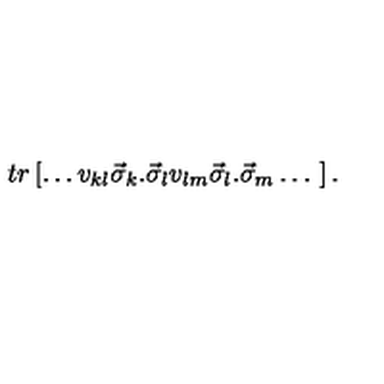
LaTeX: t r \left[ \ldots v _ { k l } \vec { \sigma } _ { k } . \vec { \sigma } _ { l } v _ { l m } \vec { \sigma } _ { l } . \vec { \sigma } _ { m } \ldots \ \right] .